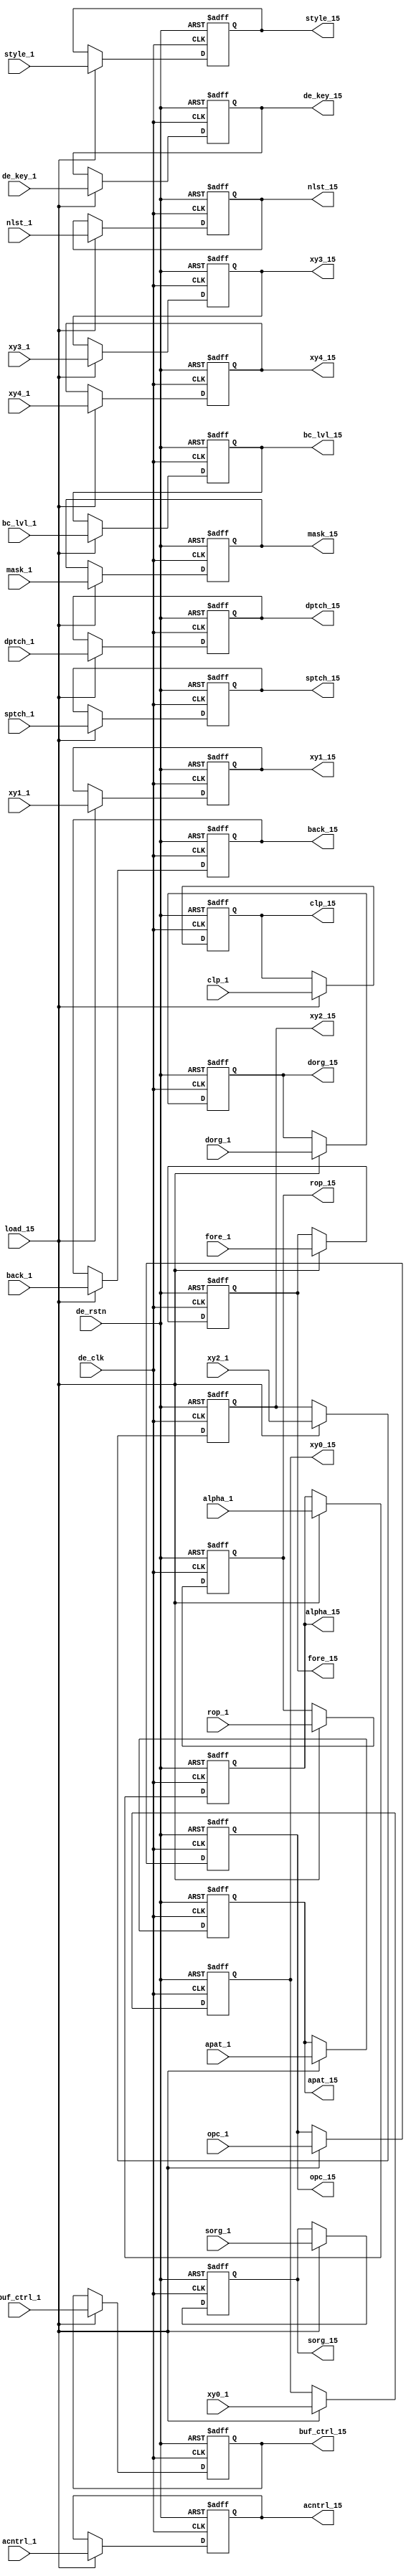
module der_reg_15
  (
   input 	     de_clk,      // drawing engine clock input
		     de_rstn,     // reset input              
   input 	     load_15,     // load L15 command parameters
   input [12:0]      buf_ctrl_1,  // buffer control register input
   input [31:0]      sorg_1,      // source origin register input
   input [31:0]      dorg_1,      // destination origin register input
   input [11:0]      sptch_1,     // source pitch register input
   input [11:0]      dptch_1,     // destination pitch register input
   input [3:0] 	     opc_1,       // opcode register
   input [3:0] 	     rop_1,       // raster opcode register input
   input [4:0] 	     style_1,     // drawing style register input
   input 	     nlst_1,      // drawing pattern style register input
   input [1:0] 	     apat_1,      // drawing area pattern mode
   input [2:0] 	     clp_1,       // drawing clip control register input
   input [31:0]      fore_1,      // foreground color register input
   input [31:0]      back_1,      // background color register input
   input [3:0] 	     mask_1,      // plane mask register input
   input [23:0]      de_key_1,    // Key data
   input [15:0]      alpha_1,     // Alpha Register
   input [17:0]      acntrl_1,    // Alpha Control Register
   input [1:0] 	     bc_lvl_1, 
   input [31:0]      xy0_1, 
   input [31:0]      xy1_1, 
   input [31:0]      xy2_1, 
   input [31:0]      xy3_1, 
   input [31:0]      xy4_1, 

   output reg [12:0] buf_ctrl_15, // buffer control register input
   output reg [31:0] sorg_15,     // source origin register input
   output reg [31:0] dorg_15,     // destination origin register input
   output reg [11:0] sptch_15,    // source pitch register input
   output reg [11:0] dptch_15,    // destination pitch register input
   output reg [3:0]  rop_15,      // raster opcode register input
   output reg [4:0]  style_15,    // drawing style register input
   output reg 	     nlst_15,     // drawing pattern style register input
   output reg [1:0]  apat_15,     // drawing area pattern mode.      
   output reg [2:0]  clp_15,      // drawing clip control register input
   output reg [31:0] fore_15,     // foreground color register input
   output reg [31:0] back_15,     // background color register input
   output reg [3:0]  mask_15,     // plane mask register input
   output reg [23:0] de_key_15,   // Key data
   output reg [15:0] alpha_15,    // Alpha Register
   output reg [17:0] acntrl_15,   // Alpha Control Register
   output reg [1:0]  bc_lvl_15,
   output reg [3:0]  opc_15,      // opcode register, L15
   output reg [31:0] xy0_15, 
   output reg [31:0] xy1_15, 
   output reg [31:0] xy2_15, 
   output reg [31:0] xy3_15, 
   output reg [31:0] xy4_15  
   );
  
  /***************************************************************************/
  /*									*/
  /*			ASSIGN OUTPUTS TO REGISTERS			*/
  /*									*/
  /***************************************************************************/
  
  always @(posedge de_clk or negedge de_rstn) begin
    if(!de_rstn) begin
      buf_ctrl_15  <= 13'b0;
      sorg_15      <= 32'b0;
      dorg_15      <= 32'b0;
      rop_15       <= 4'b0;
      style_15     <= 5'b0;
      nlst_15      <= 1'b0;
      apat_15      <= 2'b0;
      clp_15       <= 3'b0;
      bc_lvl_15    <= 2'b0;
      sptch_15     <= 12'b0;
      dptch_15     <= 12'b0;
      fore_15      <= 32'b0;
      back_15      <= 32'b0;
      mask_15      <= 4'b0;
      de_key_15    <= 24'b0;
      alpha_15     <= 16'b0;
      acntrl_15    <= 18'b0;
      opc_15       <= 4'b0;
      xy0_15	   <= 32'h0;
      xy1_15	   <= 32'h0;
      xy2_15	   <= 32'h0;
      xy3_15	   <= 32'h0;
      xy4_15	   <= 32'h0;
    end else if (load_15) begin
      buf_ctrl_15  <= buf_ctrl_1;
      sorg_15      <= sorg_1;
      dorg_15      <= dorg_1;
      rop_15       <= rop_1;
      style_15     <= style_1;
      nlst_15      <= nlst_1;
      apat_15      <= apat_1;
      clp_15       <= clp_1;
      bc_lvl_15    <= bc_lvl_1;
      sptch_15     <= sptch_1;
      dptch_15     <= dptch_1;
      fore_15      <= fore_1; 
      back_15      <= back_1;
      mask_15      <= mask_1;
      de_key_15    <= de_key_1;
      alpha_15     <= alpha_1;
      acntrl_15    <= acntrl_1;
      opc_15       <= opc_1;
      xy0_15	   <= xy0_1;  
      xy1_15	   <= xy1_1;  
      xy2_15	   <= xy2_1;  
      xy3_15	   <= xy3_1;  
      xy4_15	   <= xy4_1; 
    end
  end
  
endmodule